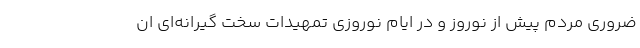
ضروری مردم پیش از نوروز و در ایام نوروزی تمهیدات سخت گیرانه‌ای ان